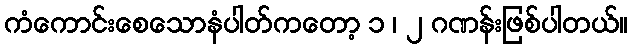
ကံကောင်းစေသောနံပါတ်ကတော့ ၁ ၊ ၂ ဂဏန်းဖြစ်ပါတယ်။